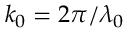
k _ { 0 } = 2 \pi / \lambda _ { 0 }